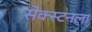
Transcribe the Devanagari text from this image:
सेक्स्टनला